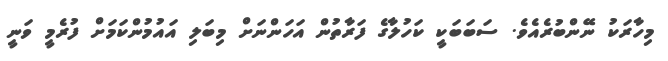
މިހާރަކު ނޭންބުރެއެވެ. ސަބަބަކީ ކަހުލާގެ ފަރާތުން އަހަންނަށް މިބަލި އައުމުންކަމަށް ފުރެމީ ވަނީ